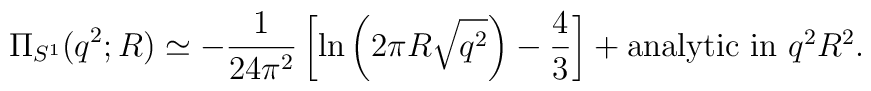
\Pi_{S^1}(q^2;R)\simeq -{1\over 24\pi^2}\left[\ln\left(2 \pi R\sqrt{q^2}\right)-{4\over 3}\right] + \mbox{analytic in $q^2 R^2$}.